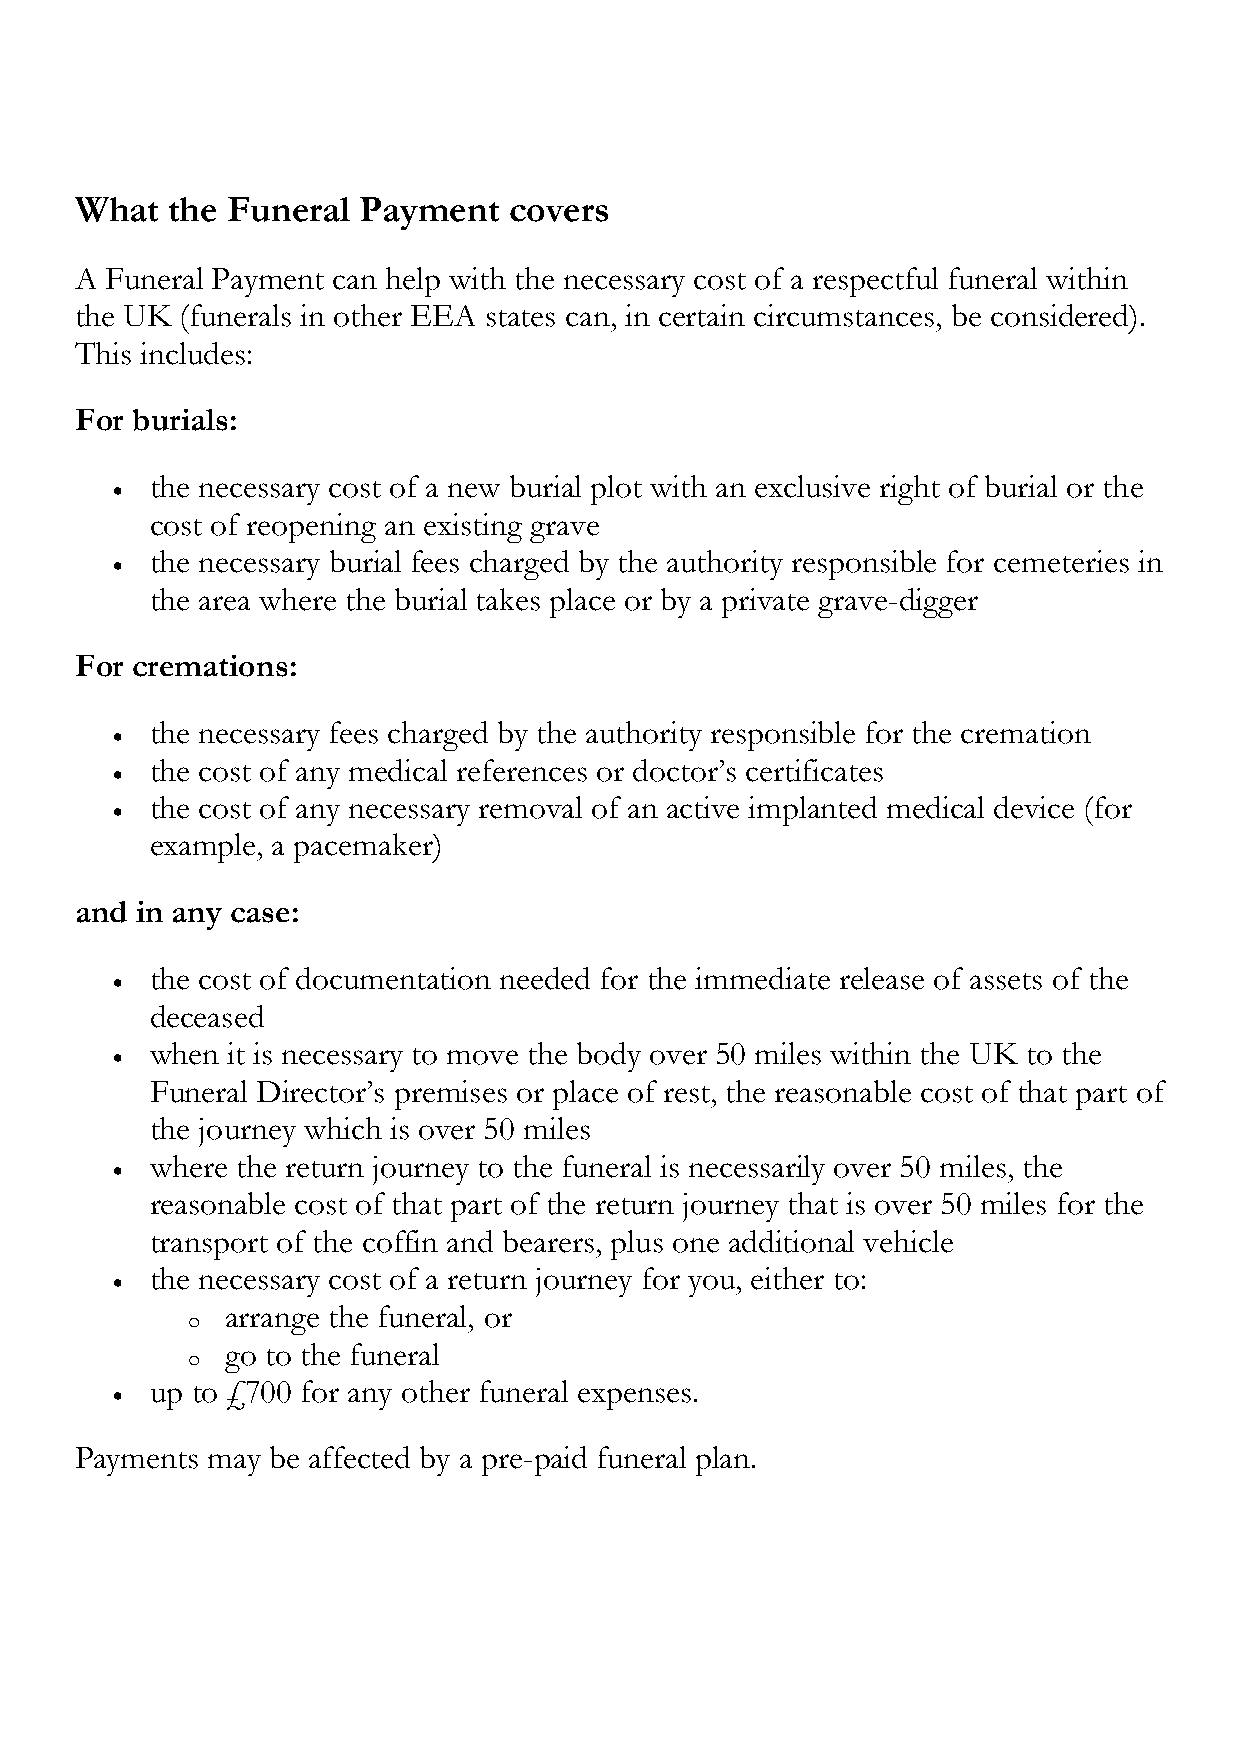
What  the Funeral  Payment   covers
 A Funeral Payment can help with the necessary cost of a respectful funeral within
 the UK (funerals in other EEA states can, in certain circumstances, be considered).
 This includes:
 For burials:
 the necessary cost of a new burial plot with an exclusive right of burial or the
 •
 cost of reopening an existing grave
 the necessary burial fees charged by the authority responsible for cemeteries in
 •
 the area where the burial takes place or by a private grave-digger
 For cremations:
 the necessary fees charged by the authority responsible for the cremation
 •
 the cost of any medical references or doctor’s certificates
 •
 the cost of any necessary removal of an active implanted medical device (for
 •
 example, a pacemaker)
 and in any case:
 the cost of documentation needed for the immediate release of assets of the
 •
 deceased
 when it is necessary to move the body over 50 miles within the UK to the
 •
 Funeral Director’s premises or place of rest, the reasonable cost of that part of
 the journey which is over 50 miles
 where the return journey to the funeral is necessarily over 50 miles, the
 •
 reasonable cost of that part of the return journey that is over 50 miles for the
 transport of the coffin and bearers, plus one additional vehicle
 the necessary cost of a return journey for you, either to:
 •
 arrange the funeral, or
 o
 go to the funeral
 o
 up to £700 for any other funeral expenses.
 •
 Payments may be affected by a pre-paid funeral plan.